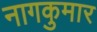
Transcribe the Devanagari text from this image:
नागकुमार